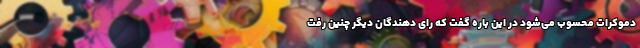
دموکرات محسوب می‌شود در این باره گفت که رای دهندگان دیگر چنین رفت